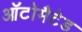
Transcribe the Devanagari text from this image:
ऑटोमैटेड